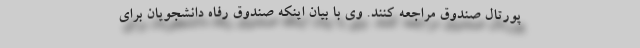
پورتال صندوق مراجعه کنند. وی با بیان اینکه صندوق رفاه دانشجویان برای